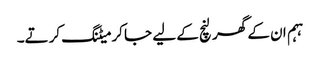
ہہم ان کے گھر لنچ کے لیے جا کر میٹنگ کرتے۔